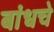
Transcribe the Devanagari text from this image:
बांधचे